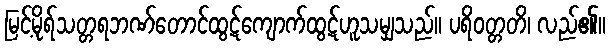
မြင့်မိုရ်သတ္တရဘဏ်တောင်ထွဋ်ကျောက်ထွဋ်ဟူသမျှသည်။ ပရိဝတ္တတိ၊ လည်၏။